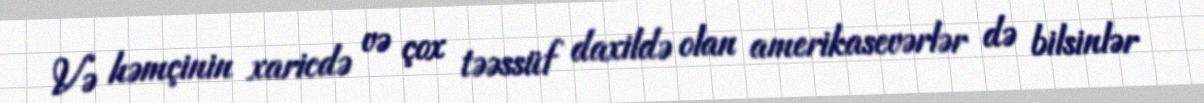
Və həmçinin xaricdə və çox təəssüf daxildə olan amerikasevərlər də bilsinlər